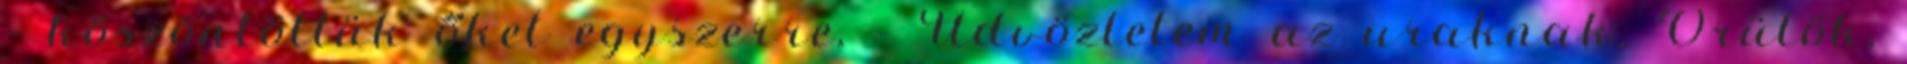
– köszöntöttük őket egyszerre. - Üdvözletem az uraknak. Örülök,